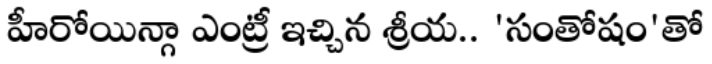
హీరోయిన్గా ఎంట్రీ ఇచ్చిన శ్రీయ.. 'సంతోషం'తో